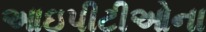
આઇપીટીઓના